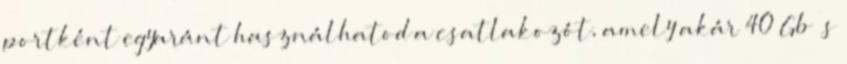
portként egyaránt használhatod a csatlakozót, amely akár 40 Gb s